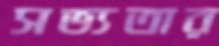
সভ্যতার